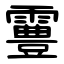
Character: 霻